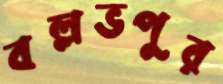
বল্লভপুর